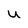
Character: u